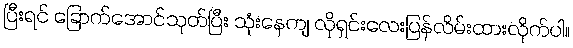
ပြီးရင် ခြောက်အောင်သုတ်ပြီး သုံးနေကျ လိုရှင်းလေးပြန်လိမ်းထားလိုက်ပါ။